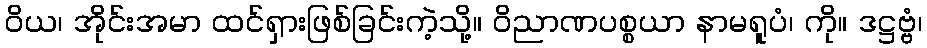
ဝိယ၊ အိုင်းအမာ ထင်ရှားဖြစ်ခြင်းကဲ့သို့။ ဝိညာဏပစ္စယာ နာမရူပံ၊ ကို။ ဒဋ္ဌဗ္ဗံ၊